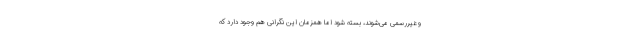
و غیررسمی می‌شوند، بسته شود اما همزمان این نگرانی هم وجود دارد که